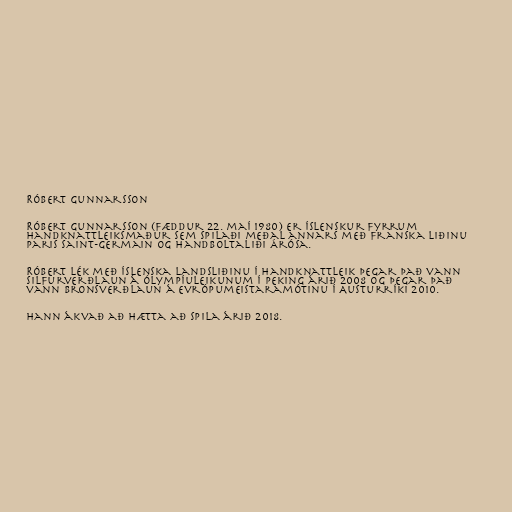
Róbert Gunnarsson

Róbert Gunnarsson (fæddur 22. maí 1980) er íslenskur fyrrum
handknattleiksmaður sem spilaði meðal annars með franska liðinu
Paris Saint-Germain og handboltaliði Árósa.

Róbert lék með íslenska landsliðinu í handknattleik þegar það vann
silfurverðlaun á Ólympíuleikunum í Peking árið 2008 og þegar það
vann bronsverðlaun á Evrópumeistaramótinu í Austurríki 2010.

Hann ákvað að hætta að spila árið 2018.